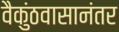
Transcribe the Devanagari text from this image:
वैकुंठवासानंतर